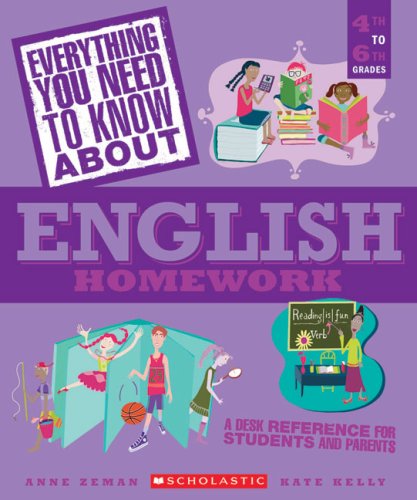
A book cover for Everything You Need...english To Know About English Homework (Everything You Need to Know about (Scholastic Paperback)); Anne Zeman; Science & Math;